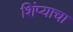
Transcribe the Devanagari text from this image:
शिंप्याचा